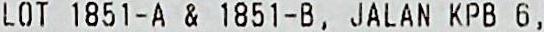
LOT 1851-A & 1851-B, JALAN KPB 6,